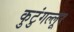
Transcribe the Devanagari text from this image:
कुटुंगल्लूर